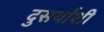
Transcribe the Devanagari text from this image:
दुसर्यांशी